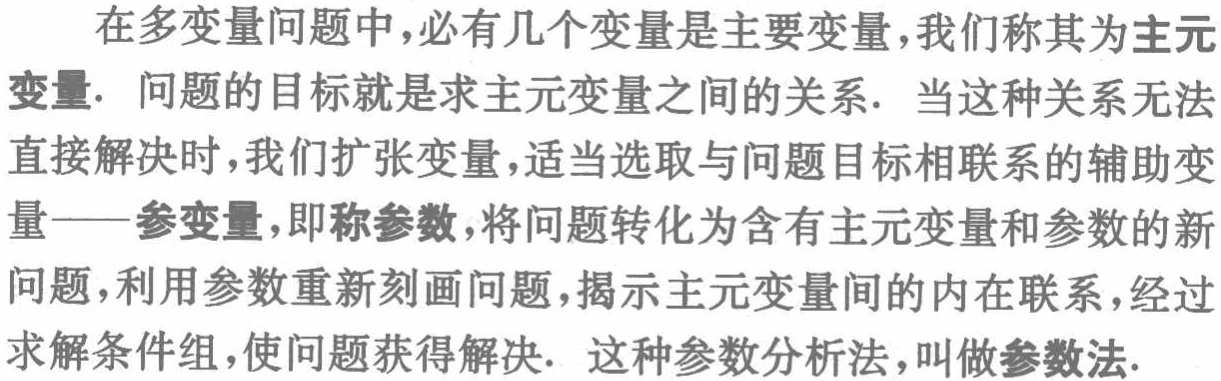
在多变量问题中，必有几个变量是主要变量，我们称其为主元变量. 问题的目标就是求主元变量之间的关系. 当这种关系无法直接解决时，我们扩张变量，适当选取与问题目标相联系的辅助变量——参变量，即称参数，将问题转化为含有主元变量和参数的新问题，利用参数重新刻画问题，揭示主元变量间的内在联系，经过求解条件组，使问题获得解决. 这种参数分析法，叫做参数法.